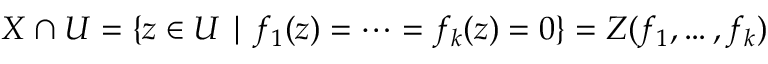
X \cap U = \{ z \in U \mid f _ { 1 } ( z ) = \cdots = f _ { k } ( z ) = 0 \} = Z ( f _ { 1 } , \dots , f _ { k } )